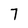
Character: 7